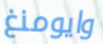
وايومنغ